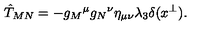
\hat { T } _ { M N } = - g _ { M } { } ^ { \mu } g _ { N } { } ^ { \nu } \eta _ { \mu \nu } \lambda _ { 3 } \delta ( x ^ { \perp } ) .